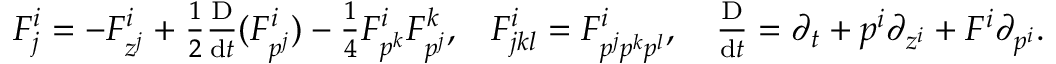
F _ { j } ^ { i } = \textstyle { - F _ { z ^ { j } } ^ { i } + \frac { 1 } { 2 } \textstyle { \frac { \mathrm D } { \mathrm { d } t } } ( F _ { p ^ { j } } ^ { i } ) - \frac { 1 } { 4 } F _ { p ^ { k } } ^ { i } F _ { p ^ { j } } ^ { k } , } \quad F _ { j k l } ^ { i } = F _ { p ^ { j } p ^ { k } p ^ { l } } ^ { i } , \quad \textstyle { \frac { \mathrm D } { \mathrm { d } t } } = \partial _ { t } + p ^ { i } \partial _ { z ^ { i } } + F ^ { i } \partial _ { p ^ { i } } .